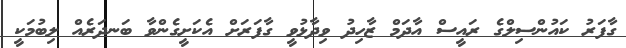
ގާފަރު ކައުންސިލްގެ ރައީސް އާދަމް ޒާހިދު ވިދާޅުވީ ގާފަރަށް އެކަށީގެންވާ ބަނދަރެއް ލިބުމަކީ